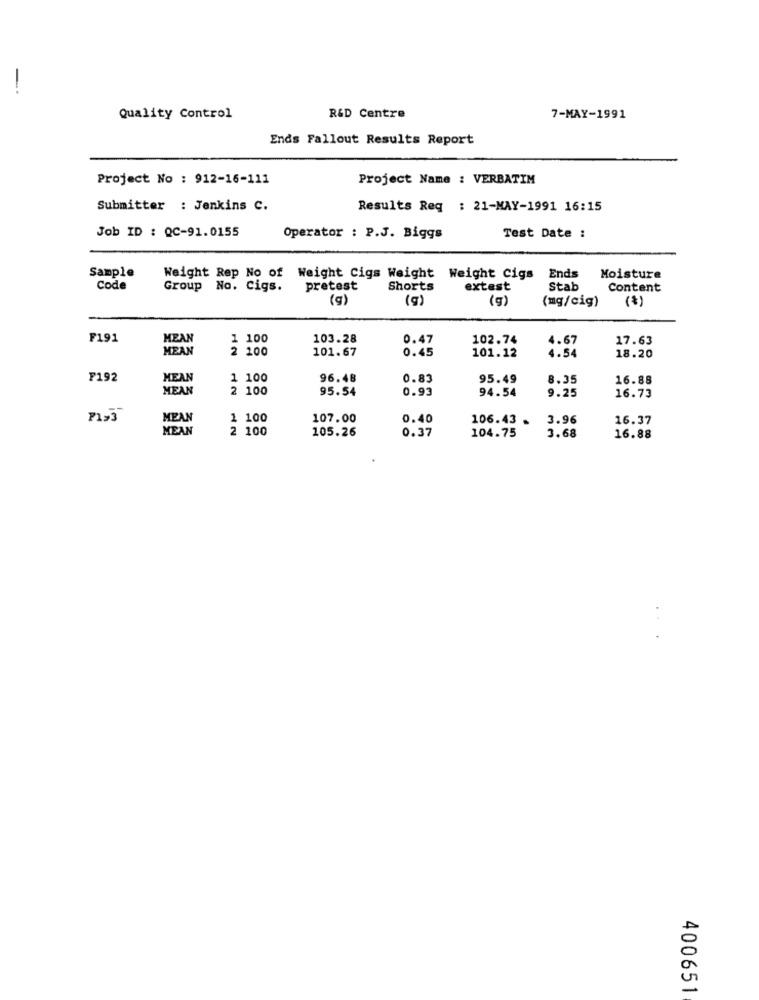
-
Quality Control
R&D Centre
7-MAY-1991
Ends Fallout Results Report
Project No : 912-16-111
Project Name : VERBATIM
Submitter : Jenkins C.
Results Req : 21-MAY-1991 16:15
Job ID : QC-91.0155
Operator : P.J. Biggs
Test Date :
Sample
Weight Rep No of Weight Cigs Weight Weight cigs
Ends
Moisture
Code
Group No. Cigs.
pretest
Shorts
extest
Stab
Content
(g)
(g)
(g)
(mg/cig)
(*)
F191
MEAN
1 100
103.28
0.47
102.74
4.67
17.63
MEAN
2 200
101.67
0.45
101.12
4.54
18.20
F192
MEAN
1 100
96.48
0.83
95.49
8.35
16.88
MEAN
2 100
95.54
0.93
94.54
9.25
16.73
MEAN
1 100
107.00
0.40
106.43 .
3.96
16.37
MEAN
2 100
105.26
0.37
104.75
3.68
16.88
400651